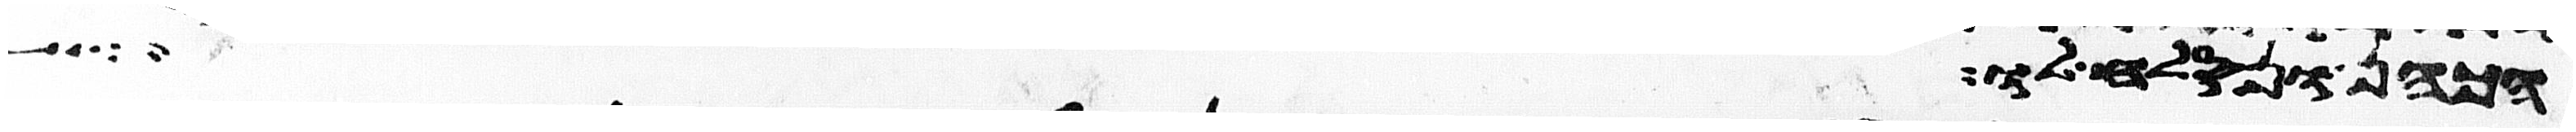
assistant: הכהן ונסלח לו